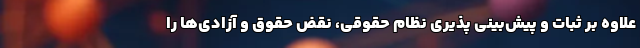
علاوه بر ثبات و پیش‌بینی پذیری نظام حقوقی، نقض حقوق و آزادی‌ها را